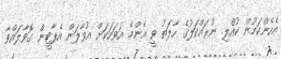
އެހެންކަމުން ކުއްލި ނުރައްކަލުގެ ހާލަތު ވީ އެންމެ އަވަހަކަށް އުވާލަން އެޕާޓީން ގޮވާލައްވާ